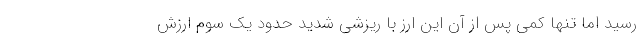
رسید اما تنها کمی پس از آن این ارز با ریزشی شدید حدود یک سوم ارزش